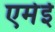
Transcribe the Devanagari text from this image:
एमेई